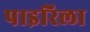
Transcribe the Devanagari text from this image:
पाइरिला